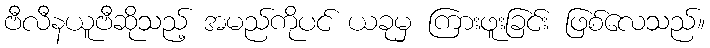
ဗီလီနယူဗီဆိုသည့် အမည်ကိုပင် ယခုမှ ကြားဖူးခြင်း ဖြစ်လေသည်။